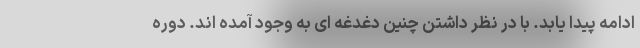
ادامه پیدا یابد. با در نظر داشتن چنین دغدغه ای به وجود آمده اند. دوره